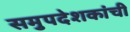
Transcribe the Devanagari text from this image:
समुपदेशकांची